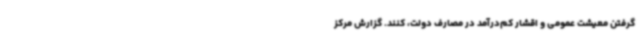
گرفتن معیشت عمومی و اقشار کم‌درآمد در مصارف دولت، کنند. گزارش مرکز